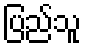
ပြည်သူ